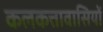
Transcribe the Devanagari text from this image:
कलकत्तावासियों